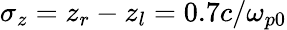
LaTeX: \sigma_{z}=z_{r}-z_{l}=0.7{c}/{\omega_{p0}}